Cholera in southern India
Disease focus: Cholera
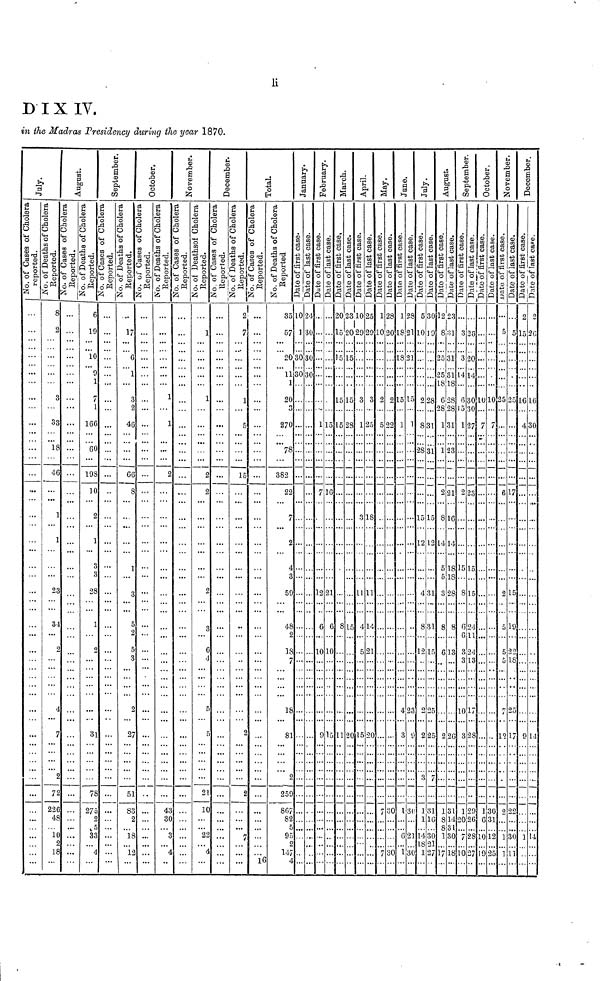
li
D IX IV.
in the Madras Presidency during the year 1870.
July
...
...
August
8
2
3
33
18
46
1
1
23
34
2
2
72
226
48
10
18
September October
6
19
10
9
1
7
1
166
60
198
10
1
28
1
31
78
275
C)
5
83
November
...
December
17
G
3
46
66
8
1
3
5
2
5
3
2
27
51
83
2
1Ê
1:
Total Januay
1
1
43
30
February
...
...
March
1
1
2
2
6
5
r
21
10
April May
,
7
1
5
15
o
n
7
June
16
August
35
57
20
11
1
20
270
78
382
22
7
2
4
3
59
48
2
18
7
18
81
o
259
867
82
51
95
o
147
September
10
1
30
30
October
M
30
30
30
...
November
1
7
12
6
10
9
December
L5
16
21
6
10
15
5
5
15
8
11
!0
L5
5
28
15
20
10
29
3
1
3
11
4
c
15
25
29
3
25
18
11
14
21
20
1
0
2
5
7
28
20
2
22
30
30
1
18
L8
.5
1
4
¿
1
6
1
28
21
21
15
1
30
21
30
5
0
2
8
>S
5
12
4
g
12
o
2
1
14
21
1
30
9
28
31
31
15
12
31
31
15
25
31
16
31
27
12
S
25
25
S
65
1
1
2
8
14
5
5
3
8
6
2
1
g
8
1
17
31
31
31
L8
28
28
31
23
21
16
14
18
18
28
8
13
26
31
14
31
30
18
3
3
14
6
5
1
2
15.
8
6
g
3
10
3
1
20
7
10
26
20
14
30
30
27
23
15
15
24
11
24
13
17
28
29
26
28
27
10
7
1
G
10
19
10
7
30
31
12
25
5
25
6
2
5
5
5
12
2
1
1
5
17
15
19
22
"5
17
22
30
11
2
15
L6
4
0
1
0
26
16
30
M
14